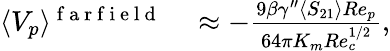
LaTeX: \begin{array}{rl}{\langle V_{p}\rangle^{\mathrm{~f~a~r~f~i~e~l~d~}}}&{{}\approx-\frac{9\beta\gamma^{\prime\prime}\langle S_{21}\rangle Re_{p}}{64\pi K_{m}Re_{c}^{1/2}},}\end{array}